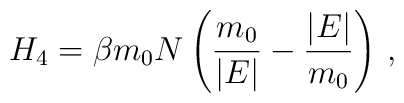
H_4=\beta m_0N\left(\frac{m_0}{\vert E\vert}-\frac{\vert E\vert}{ m_0}\right)\,,